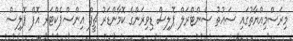
މިރަސްމިއްޔާތުގައި ސައުތު ސެންޓްރަލް ޕޮލިސް ޑިވިޜަންގެ ކޮމާންޑަރު ޗީފް އިންސްޕެކްޓަރ އޮފް ޕޮލިސް